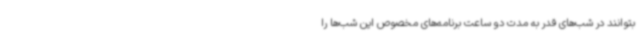
بتوانند در شب‌های قدر به مدت دو ساعت برنامه‌های مخصوص این شب‌ها را